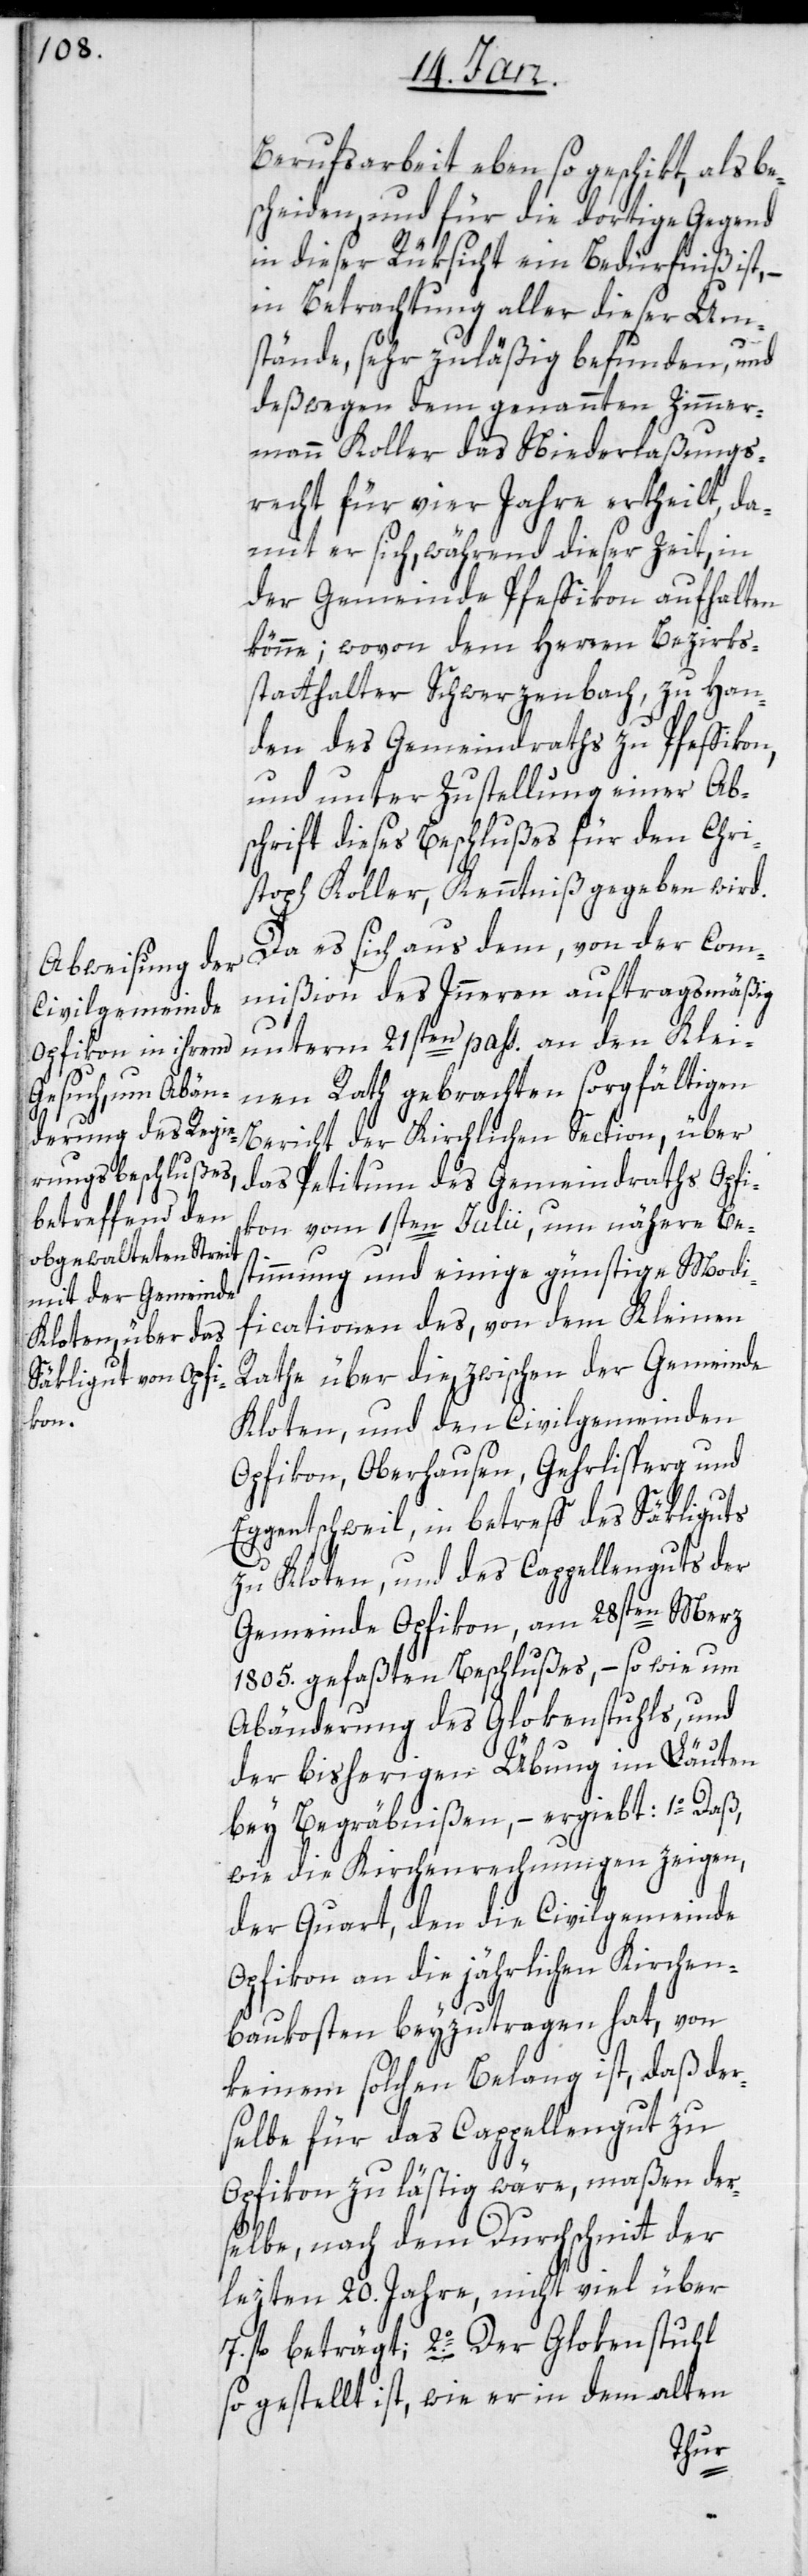
von

Berufsarbeit ebenso geschikt, als be¬
scheiden, und für die dortige Gegend
in dieser Rüksicht ein Bedürfniß ist,
in Betrachtung aller dieser Um¬
stände, sehr zuläßig befunden, und
deßwegen dem genannten Zimmer¬
mann Koller das Niederlaßungs¬
recht für vier Jahre ertheilt, da¬
mit er sich, während dieser Zeit, in
der Gemeinde Pfeffikon aufhalten
könne; wovon dem Herren Bezirks¬
statthalter Schwerzenbach, zu Han¬
den des Gemeindraths zu Pfeffikon,
und unter Zustellung einer Ab¬
schrift dieses Beschlußes für den Chri¬
stoph Koller, Kenntniß gegeben wird.
Da es sich aus dem, von der Com¬
mißion des Inneren auftragsmäßig
unterm 21sten pass. an den Klei¬
nen Rath gebrachten sorgfältigen
Bericht der Kirchlichen Section, über
das Petitum des Gemeindraths Opfi¬
kon vom 1sten Julii, um nähere Be¬
stimmung und einige günstige Modi¬
ficationen des, von dem Kleinen
Rathe über die, zwischen der Gemeinde
Kloten, und den Civilgemeinden
Opfikon, Oberhausen, Gehrlisperg und
Eggentschweil, in betreff des Säkliguts
zu Kloten, und des Capellenguts der
Gemeinde Opfikon, am 28sten Merz
1805. gefaßten Beschlußes, – so wie um
Abänderung des Glokenstuhls, und
der bisherigen Übung im Läuten
bey Begräbnißen, – ergiebt: 1o. Daß,
wie die Kirchenrechnungen zeigen,
der Quart, den die Civilgemeinde
Opfikon an die jährlichen Kirchen¬
keinem solchen Belang ist, daß der¬
selbe für das Capellengut zu
Opfikon zu lästig wäre, maßen der¬
selbe, nach dem Durchschnitt der
lezten 20. Jahre, nicht viel über
7. fl beträgt; 2o. Der Glokenstuhl
so gestellt ist, wie er in dem alten